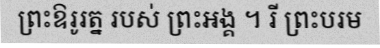
ព្រះឱរូរត្ន របស់ ព្រះអង្គ ។ រី ព្រះបរម